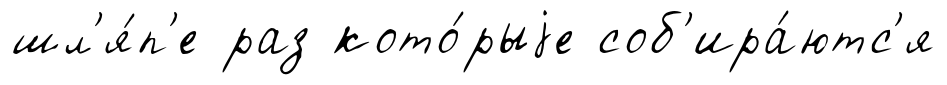
шл'я́п'е раз кото́рыjе соб'ира́ютс'я